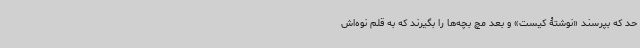
حد که بپرسند «نوشتۀ کیست» و بعد مچ بچه‌ها را بگیرند که به قلم نوه‌اش